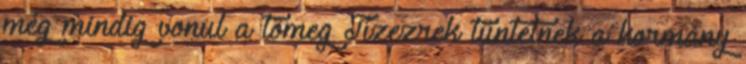
még mindig vonul a tömeg Tízezrek tüntetnek a kormány